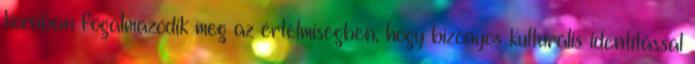
korában fogalmazódik meg az értelmiségben, hogy bizonyos kulturális identitással